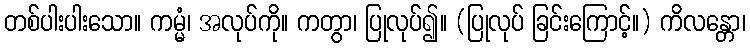
တစ်ပါးပါးသော။ ကမ္မံ၊ အလုပ်ကို။ ကတွာ၊ ပြုလုပ်၍။ (ပြုလုပ် ခြင်းကြောင့်။) ကိလန္တော၊